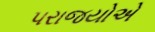
પરાજયોએ